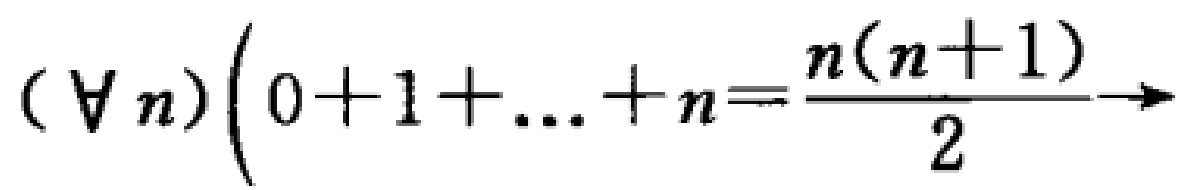
$(\forall n)\left(0 + 1+\ldots + n=\frac{n(n + 1)}{2}\right)\to$